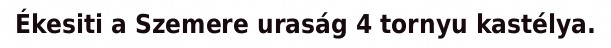
Ékesiti a Szemere uraság 4 tornyu kastélya.